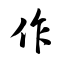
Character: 作